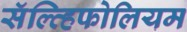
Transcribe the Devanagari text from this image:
सॅल्व्हिफोलियम